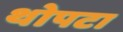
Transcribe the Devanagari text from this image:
थोपटा